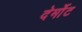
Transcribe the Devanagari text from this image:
देर्मोट